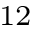
^ { 1 2 }